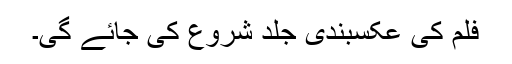
فلم کی عکسبندی جلد شروع کی جائے گی۔